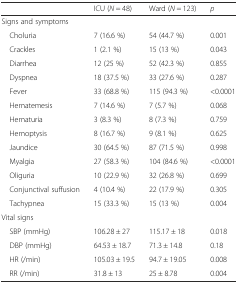
|  | ICU (N = 48) | Ward (N = 123) | p |
 | --- | --- | --- | --- |
 | <COLSPAN=4> Signs and symptoms |
 | Choluria | 7 (16.6 %) | 54 (44.7 %) | 0.001 |
 | Crackles | 1 (2.1 %) | 15 (13 %) | 0.043 |
 | Diarrhea | 12 (25 %) | 52 (42.3 %) | 0.855 |
 | Dyspnea | 18 (37.5 %) | 33 (27.6 %) | 0.287 |
 | Fever | 33 (68.8 %) | 115 (94.3 %) | <0.0001 |
 | Hematemesis | 7 (14.6 %) | 7 (5.7 %) | 0.068 |
 | Hematuria | 3 (8.3 %) | 8 (7.3 %) | 0.759 |
 | Hemoptysis | 8 (16.7 %) | 9 (8.1 %) | 0.625 |
 | Jaundice | 30 (64.5 %) | 87 (71.5 %) | 0.998 |
 | Myalgia | 27 (58.3 %) | 104 (84.6 %) | <0.0001 |
 | Oliguria | 10 (22.9 %) | 32 (26.8 %) | 0.699 |
 | Conjunctival suffusion | 4 (10.4 %) | 22 (17.9 %) | 0.305 |
 | Tachypnea | 15 (33.3 %) | 15 (13 %) | 0.004 |
 | <COLSPAN=4> Vital signs |
 | SBP (mmHg) | 106.28 ± 27 | 115.17 ± 18 | 0.018 |
 | DBP (mmHg) | 64.53 ± 18.7 | 71.3 ± 14.8 | 0.18 |
 | HR (/min) | 105.03 ± 19.5 | 94.7 ± 19.05 | 0.008 |
 | RR (/min) | 31.8 ± 13 | 25 ± 8.78 | 0.004 |